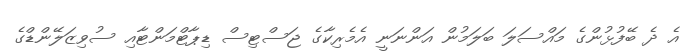
އެ ދެ ބޭފުޅުންގެ މައްސަލަ ބަލަމުން އަންނަނީ އެމެރިކާގެ ޖަސްޓިސް ޑިޕާޓްމަންޓާއި ސުވިޒަލޭންޑްގެ